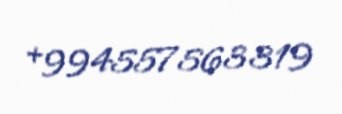
+994557563319